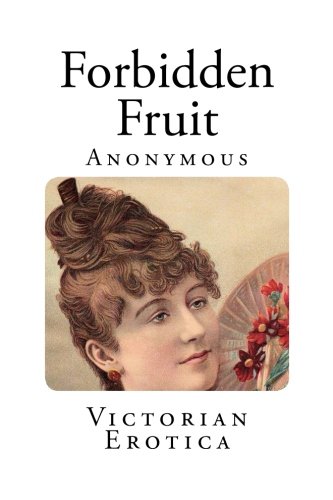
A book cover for Forbidden Fruit; Anonymous; Romance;